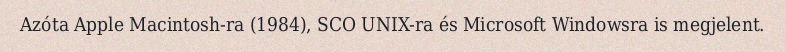
Azóta Apple Macintosh-ra (1984), SCO UNIX-ra és Microsoft Windowsra is megjelent.